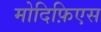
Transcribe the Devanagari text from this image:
मोदिफ़िएस